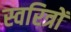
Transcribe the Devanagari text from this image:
स्वरित्रों